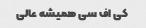
کی اف سی همیشه عالی